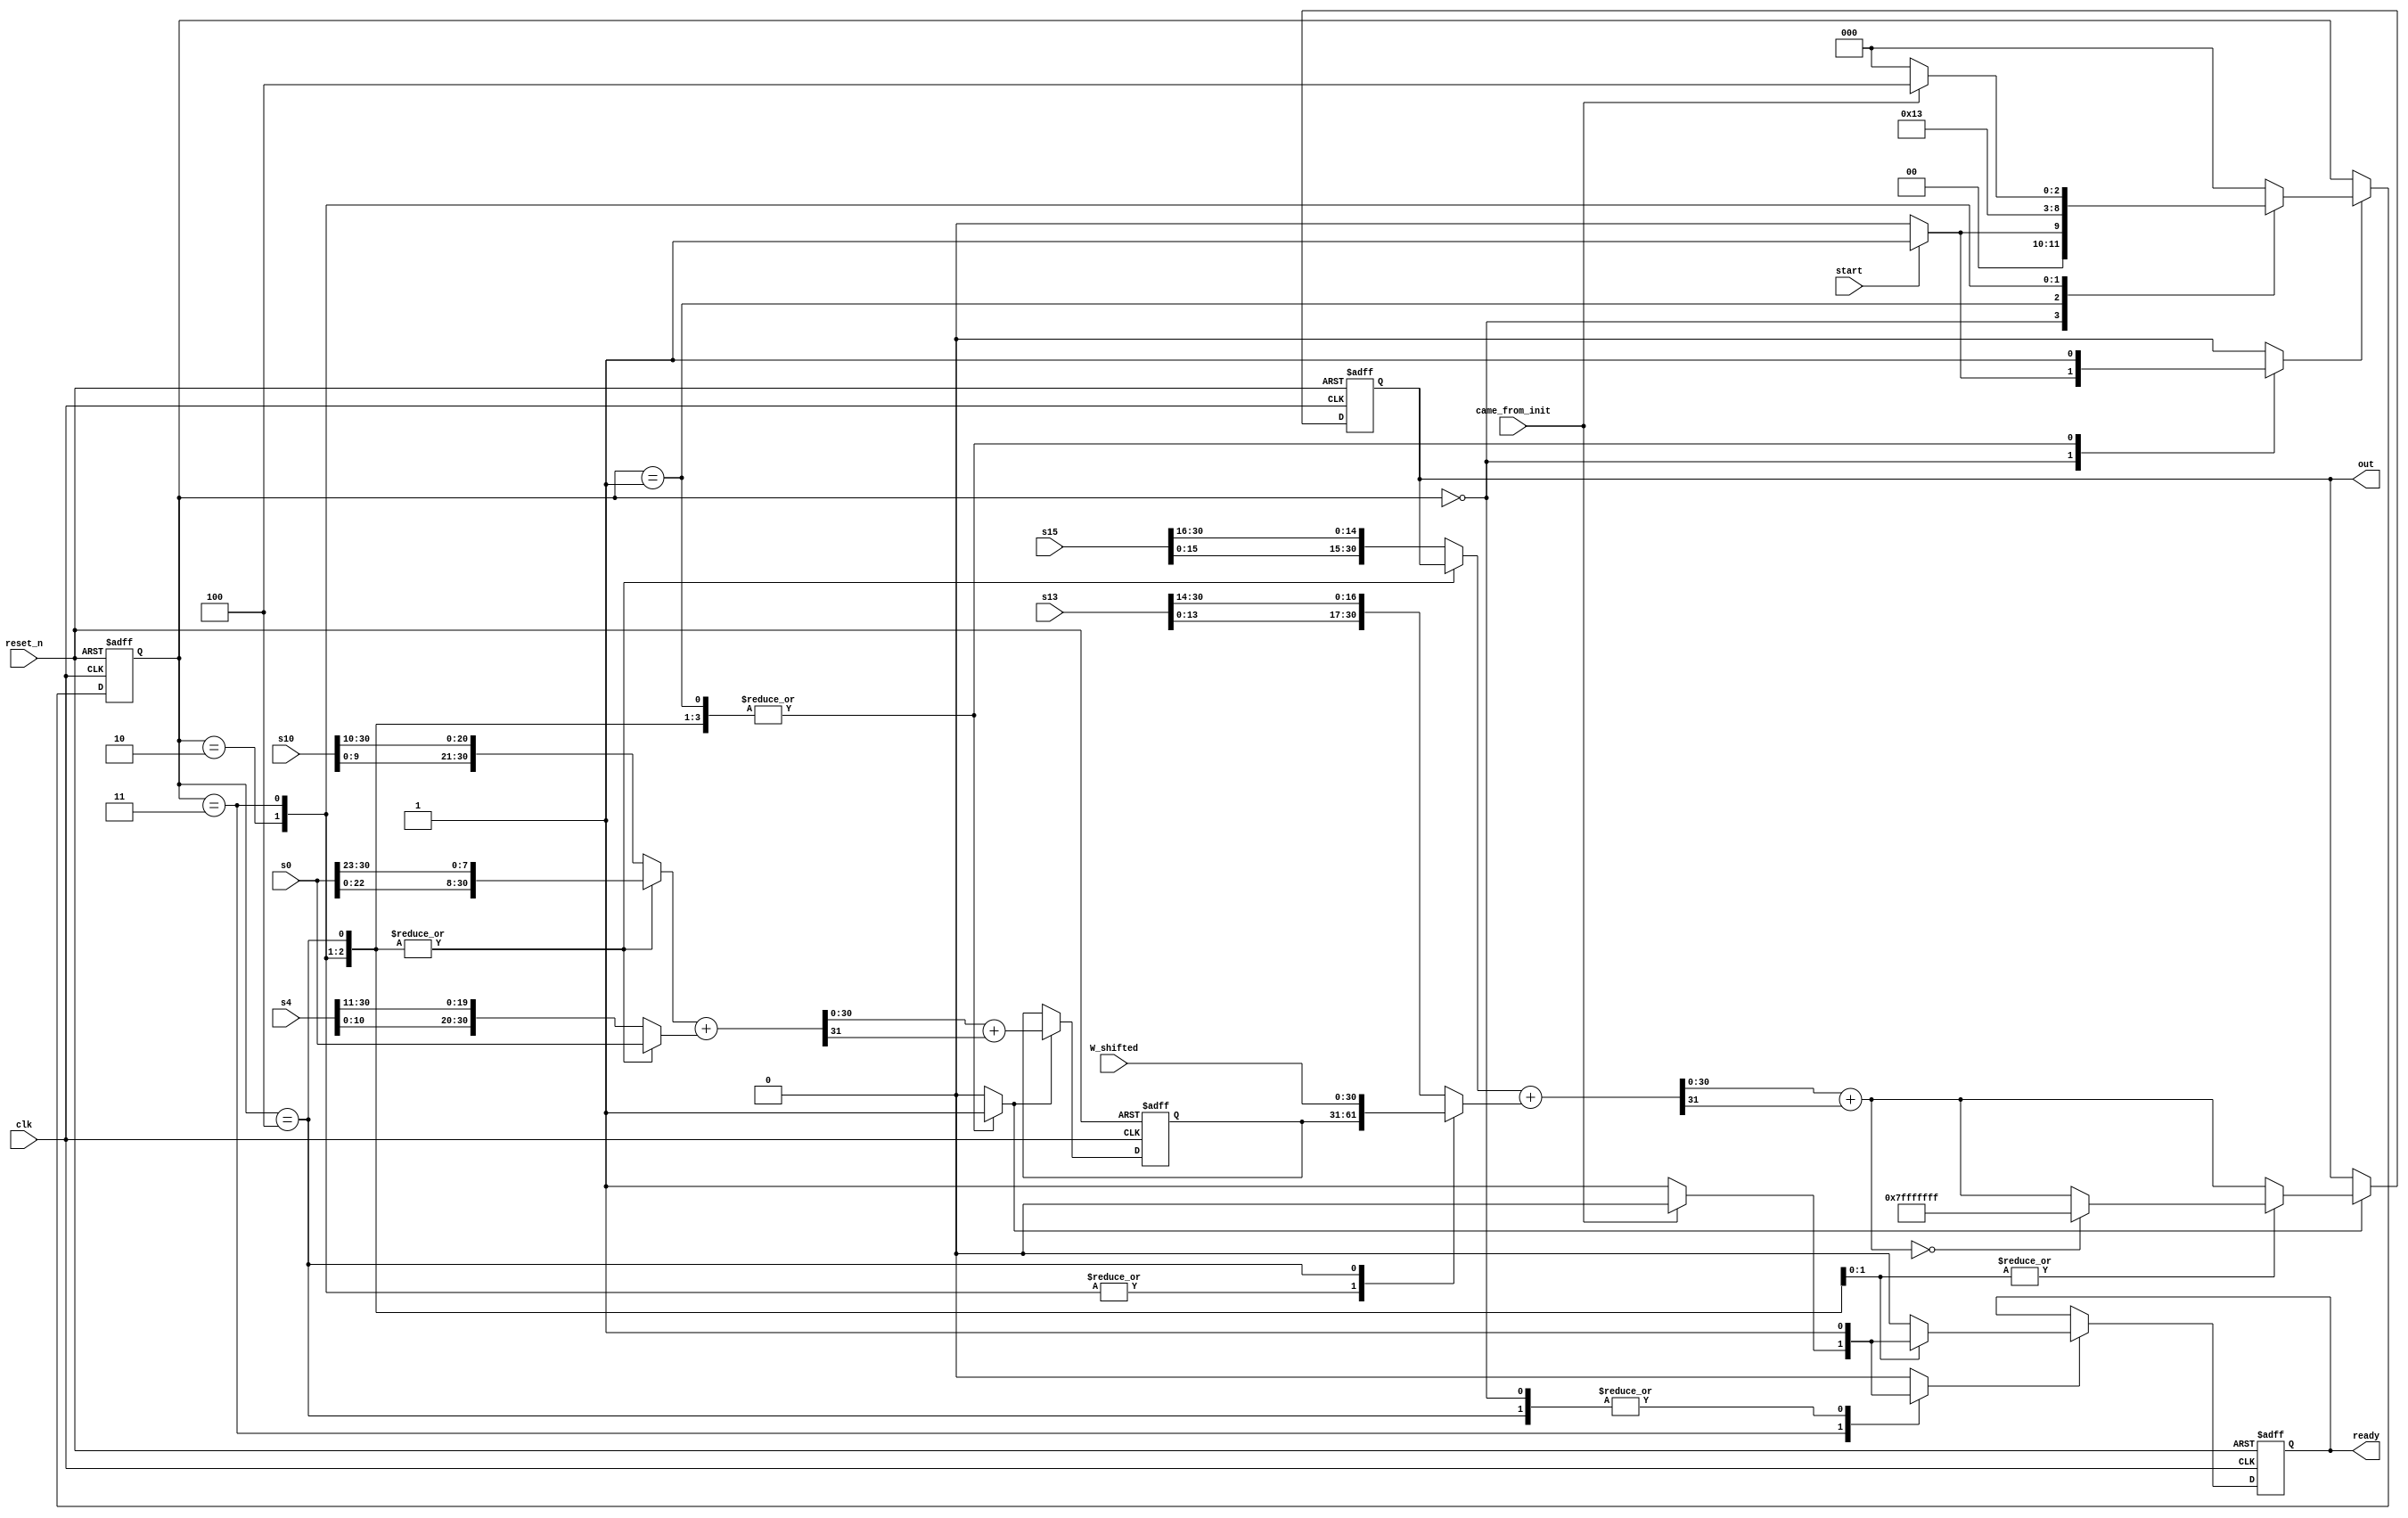
//////////////////////////////////////////////////////////////////////////////////
// Company: 
// 
// Design Name: 
// Module Name: zuc256_modadd
// Project Name: 
// Target Devices: 
// Tool Versions: 
// Description: 
// 
// Dependencies: 
// 
// Revision:
// Revision 0.01 - File Created
// Additional Comments:
// 
//////////////////////////////////////////////////////////////////////////////////

`default_nettype none

module zuc256_modadd(
                input wire           clk,
                input wire           reset_n,
                input wire           start,
                input wire [30 : 0]  s15,
                input wire [30 : 0]  s13,
                input wire [30 : 0]  s10,
                input wire [30 : 0]  s4,
                input wire [30 : 0]  s0,
                input wire [30 : 0]  W_shifted,
                input wire           came_from_init,
                output wire [30 : 0] out,
                output wire          ready
               );

  //----------------------------------------------------------------
  // Internal constant and parameter definitions.
  //----------------------------------------------------------------        
  localparam CTRL_IDLE      = 3'h0;
  localparam CTRL_COMP0     = 3'h1;
  localparam CTRL_COMP1     = 3'h2;
  localparam CTRL_COMP2     = 3'h3;
  localparam CTRL_COMP_INIT = 3'h4;

  //----------------------------------------------------------------
  // Registers + update variables and write enable.
  //----------------------------------------------------------------
  reg [2 : 0]   modadd_ctrl_reg;
  reg [2 : 0]   modadd_ctrl_new;
  reg           modadd_ctrl_we;
  
  reg           ready_reg;
  reg           ready_new;
  reg           ready_we;
  
  reg [30 : 0]  temp1b_reg;
  reg [30 : 0]  temp1b_new;
  reg [30 : 0]  temp1b_we;
  
  reg [30 : 0]  temp2b_reg;
  reg [30 : 0]  temp2b_new;
  reg [30 : 0]  temp2b_we;
  
  //----------------------------------------------------------------
  // Wires.
  //----------------------------------------------------------------
  reg [30 : 0]  add1_in1, add1_in2;
  reg [31 : 0]  temp1a;
  reg [30 : 0]  temp1b;
  
  reg [30 : 0]  add2_in1, add2_in2;
  reg [31 : 0]  temp2a;

  //----------------------------------------------------------------
  // Concurrent connectivity for ports etc.
  //----------------------------------------------------------------
  assign ready = ready_reg;
  assign out   = temp1b_reg;
  
  //----------------------------------------------------------------
  // reg_update
  //
  // Update functionality for all registers in the core.
  // All registers are positive edge triggered with asynchronous
  // active low reset. All registers have write enable.
  //----------------------------------------------------------------
  always @ (posedge clk or negedge reset_n)
    begin : reg_update
      if (!reset_n)
        begin
          modadd_ctrl_reg <= CTRL_IDLE;
          ready_reg       <= 1'b0;
          temp1b_reg      <= 32'h0;
          temp2b_reg      <= 32'h0;
        end
      else
        begin
          if (modadd_ctrl_we)
            modadd_ctrl_reg <= modadd_ctrl_new;
          if (ready_we)
            ready_reg <= ready_new;
          if (temp1b_we)
            temp1b_reg  <= temp1b_new;
          if (temp2b_we)
            temp2b_reg  <= temp2b_new;
        end
    end // reg_update
    
  //----------------------------------------------------------------
  // Modular addition logic.
  //----------------------------------------------------------------
  always @*
    begin : multiplexers
      reg temp1b_zero;
      temp1b_zero = (temp1b == 0);
      case (modadd_ctrl_reg)
        CTRL_COMP0:
          begin
            add1_in1 <= {s15[15 : 0], s15[30 : 16]};
            add1_in2 <= {s13[13 : 0], s13[30 : 14]};
            add2_in1 <= {s10[9 : 0],  s10[30 : 10]};
            add2_in2 <= {s4[10 : 0],  s4[30 : 11]};
            temp1b_new <= temp1b;
          end
        CTRL_COMP1:
          begin
            add1_in1 <= temp1b_reg;
            add1_in2 <= temp2b_reg;
            add2_in1 <= {s0[22 : 0],  s0[30 : 23]};
            add2_in2 <= s0;
            temp1b_new <= temp1b;
          end
        CTRL_COMP2:
          begin
            add1_in1 <= temp1b_reg;
            add1_in2 <= temp2b_reg;
            add2_in1 <= {s0[22 : 0],  s0[30 : 23]};
            add2_in2 <= s0; 
            temp1b_new <= temp1b_zero ? 31'b1111111111111111111111111111111 : temp1b;
          end
        CTRL_COMP_INIT:
          begin
            add1_in1 <= temp1b_reg;
            add1_in2 <= W_shifted;
            add2_in1 <= {s0[22 : 0],  s0[30 : 23]};
            add2_in2 <= s0;
            temp1b_new <= temp1b_zero ? 31'b1111111111111111111111111111111 : temp1b;
          end
        default: 
          begin
            add1_in1 <= {s15[15 : 0], s15[30 : 16]};
            add1_in2 <= {s13[13 : 0], s13[30 : 14]};
            add2_in1 <= {s10[9 : 0],  s10[30 : 10]};
            add2_in2 <= {s4[10 : 0],  s4[30 : 11]};
            temp1b_new <= temp1b;
          end  
      endcase  
      
      // Adders
      temp1a     <= add1_in1 + add1_in2;
      temp1b     <= temp1a[30 : 0] + temp1a[31];
      
      temp2a     <= add2_in1 + add2_in2;
      temp2b_new <= temp2a[30 : 0] + temp2a[31];
        
      // Output logic
      //temp1b_new <= (temp1b == 0 && (comp2 || comp_init)) ? 31'b1111111111111111111111111111111 : temp1b;
    end
  
  
  //----------------------------------------------------------------
  // modadd_ctrl
  //
  // Control FSM for modadd.
  //----------------------------------------------------------------
  always @*
    begin : zuc256_ctrl
      modadd_ctrl_new    = CTRL_IDLE;
      modadd_ctrl_we     = 1'b0;
      ready_new          = 1'b0;
      ready_we           = 1'b0;
      temp1b_we          = 1'b0;
      temp2b_we          = 1'b0;
      
      case (modadd_ctrl_reg)
        CTRL_IDLE:
          begin
            ready_new          = 1'b0;
            ready_we           = 1'b1;
            if (start)
              begin
                modadd_ctrl_new    = CTRL_COMP0;
                modadd_ctrl_we     = 1'b1;
              end
          end
        CTRL_COMP0:
          begin
            modadd_ctrl_new    = CTRL_COMP1;
            modadd_ctrl_we     = 1'b1;
            temp1b_we          = 1'b1;
            temp2b_we          = 1'b1;
          end
        CTRL_COMP1:
            begin
              modadd_ctrl_new    = CTRL_COMP2;
              modadd_ctrl_we     = 1'b1;
              temp1b_we          = 1'b1;
              temp2b_we          = 1'b1;
            end
        CTRL_COMP2:
              begin
                temp1b_we          = 1'b1;
                temp2b_we          = 1'b1;
                if (came_from_init)
                  begin
                    modadd_ctrl_new    = CTRL_COMP_INIT;
                    modadd_ctrl_we     = 1'b1;
                  end
                else
                  begin
                    modadd_ctrl_new    = CTRL_IDLE;
                    modadd_ctrl_we     = 1'b1;
                    ready_new          = 1'b1;
                    ready_we           = 1'b1;
                  end
              end
        CTRL_COMP_INIT:
          begin
            temp1b_we          = 1'b1;
            temp2b_we          = 1'b1;
            modadd_ctrl_new    = CTRL_IDLE;
            modadd_ctrl_we     = 1'b1;
            ready_new          = 1'b1;
            ready_we           = 1'b1;
          end
        default: 
          begin
        
          end
      endcase // case (modadd_ctrl_reg)
    end // modadd_ctrl

endmodule // zuc256_modadd

//======================================================================
// EOF zuc256_modadd.v
//======================================================================